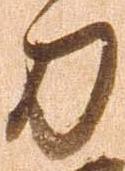
刀